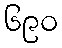
၆၉၀